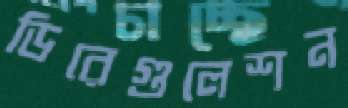
ডিরেগুলেশন